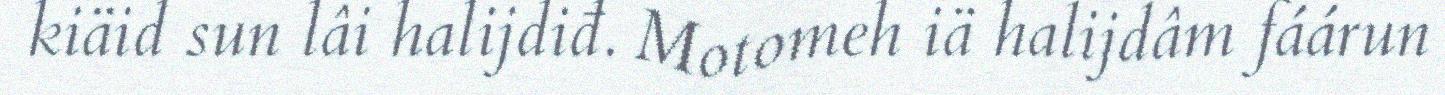
kiäid sun lâi halijdiđ. Motomeh iä halijdâm fáárun